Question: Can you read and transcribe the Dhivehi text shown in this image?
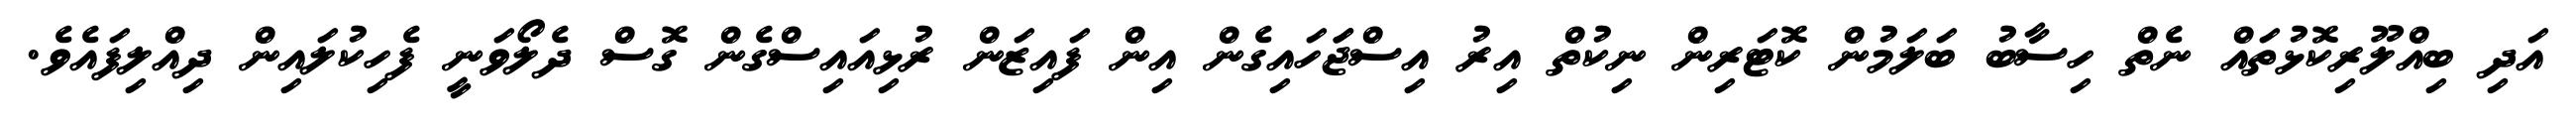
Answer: އަދި ބިއްލޫރިކޮޅުތައް ނެތް ހިސާބު ބަލަމުން ކޮޓަރިން ނިކުތް އިރު އިސްޖަަހައިގެން އިން ފައިޒަން ރުޅިއައިސްގެން ގޮސް ދެލޯވަނީ ފެހިކުލައިން ދިއްލިފައެވެ.